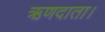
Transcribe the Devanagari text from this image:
ऋणदाता।